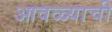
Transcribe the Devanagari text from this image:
आवळ्याची